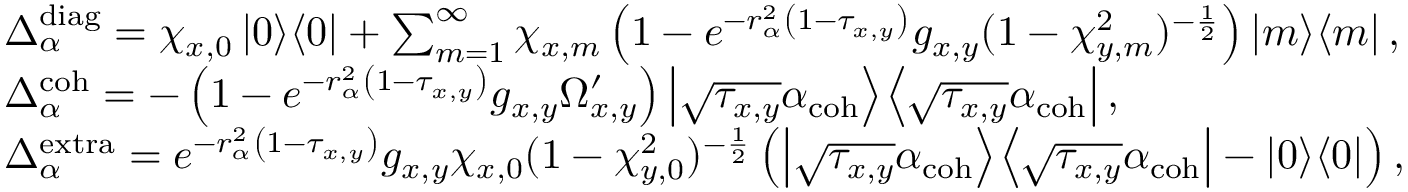
\begin{array} { r l } & { \Delta _ { \alpha } ^ { \mathrm { d i a g } } = \chi _ { x , 0 } \left| 0 \middle > \middle < 0 \right| + \sum _ { m = 1 } ^ { \infty } \chi _ { x , m } \left( 1 - e ^ { - r _ { \alpha } ^ { 2 } \left( 1 - \tau _ { x , y } \right) } g _ { x , y } ( 1 - \chi _ { y , m } ^ { 2 } ) ^ { - \frac { 1 } { 2 } } \right) \left| m \middle > \middle < m \right| , } \\ & { \Delta _ { \alpha } ^ { \mathrm { c o h } } = - \left( 1 - e ^ { - r _ { \alpha } ^ { 2 } \left( 1 - \tau _ { x , y } \right) } g _ { x , y } \Omega _ { x , y } ^ { \prime } \right) \left| \sqrt { \tau _ { x , y } } \alpha _ { \mathrm { c o h } } \middle > \middle < \sqrt { \tau _ { x , y } } \alpha _ { \mathrm { c o h } } \right| , } \\ & { \Delta _ { \alpha } ^ { \mathrm { e x t r a } } = e ^ { - r _ { \alpha } ^ { 2 } \left( 1 - \tau _ { x , y } \right) } g _ { x , y } \chi _ { x , 0 } ( 1 - \chi _ { y , 0 } ^ { 2 } ) ^ { - \frac { 1 } { 2 } } \left( \left| \sqrt { \tau _ { x , y } } \alpha _ { \mathrm { c o h } } \middle > \middle < \sqrt { \tau _ { x , y } } \alpha _ { \mathrm { c o h } } \right| - \left| 0 \middle > \middle < 0 \right| \right) , } \end{array}